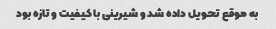
به موقع تحویل داده شد و شیرینی با کیفیت و تازه بود